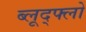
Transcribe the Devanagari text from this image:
ब्लूद्फ्लो